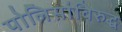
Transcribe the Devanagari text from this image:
पोलिसांविरुद्ध